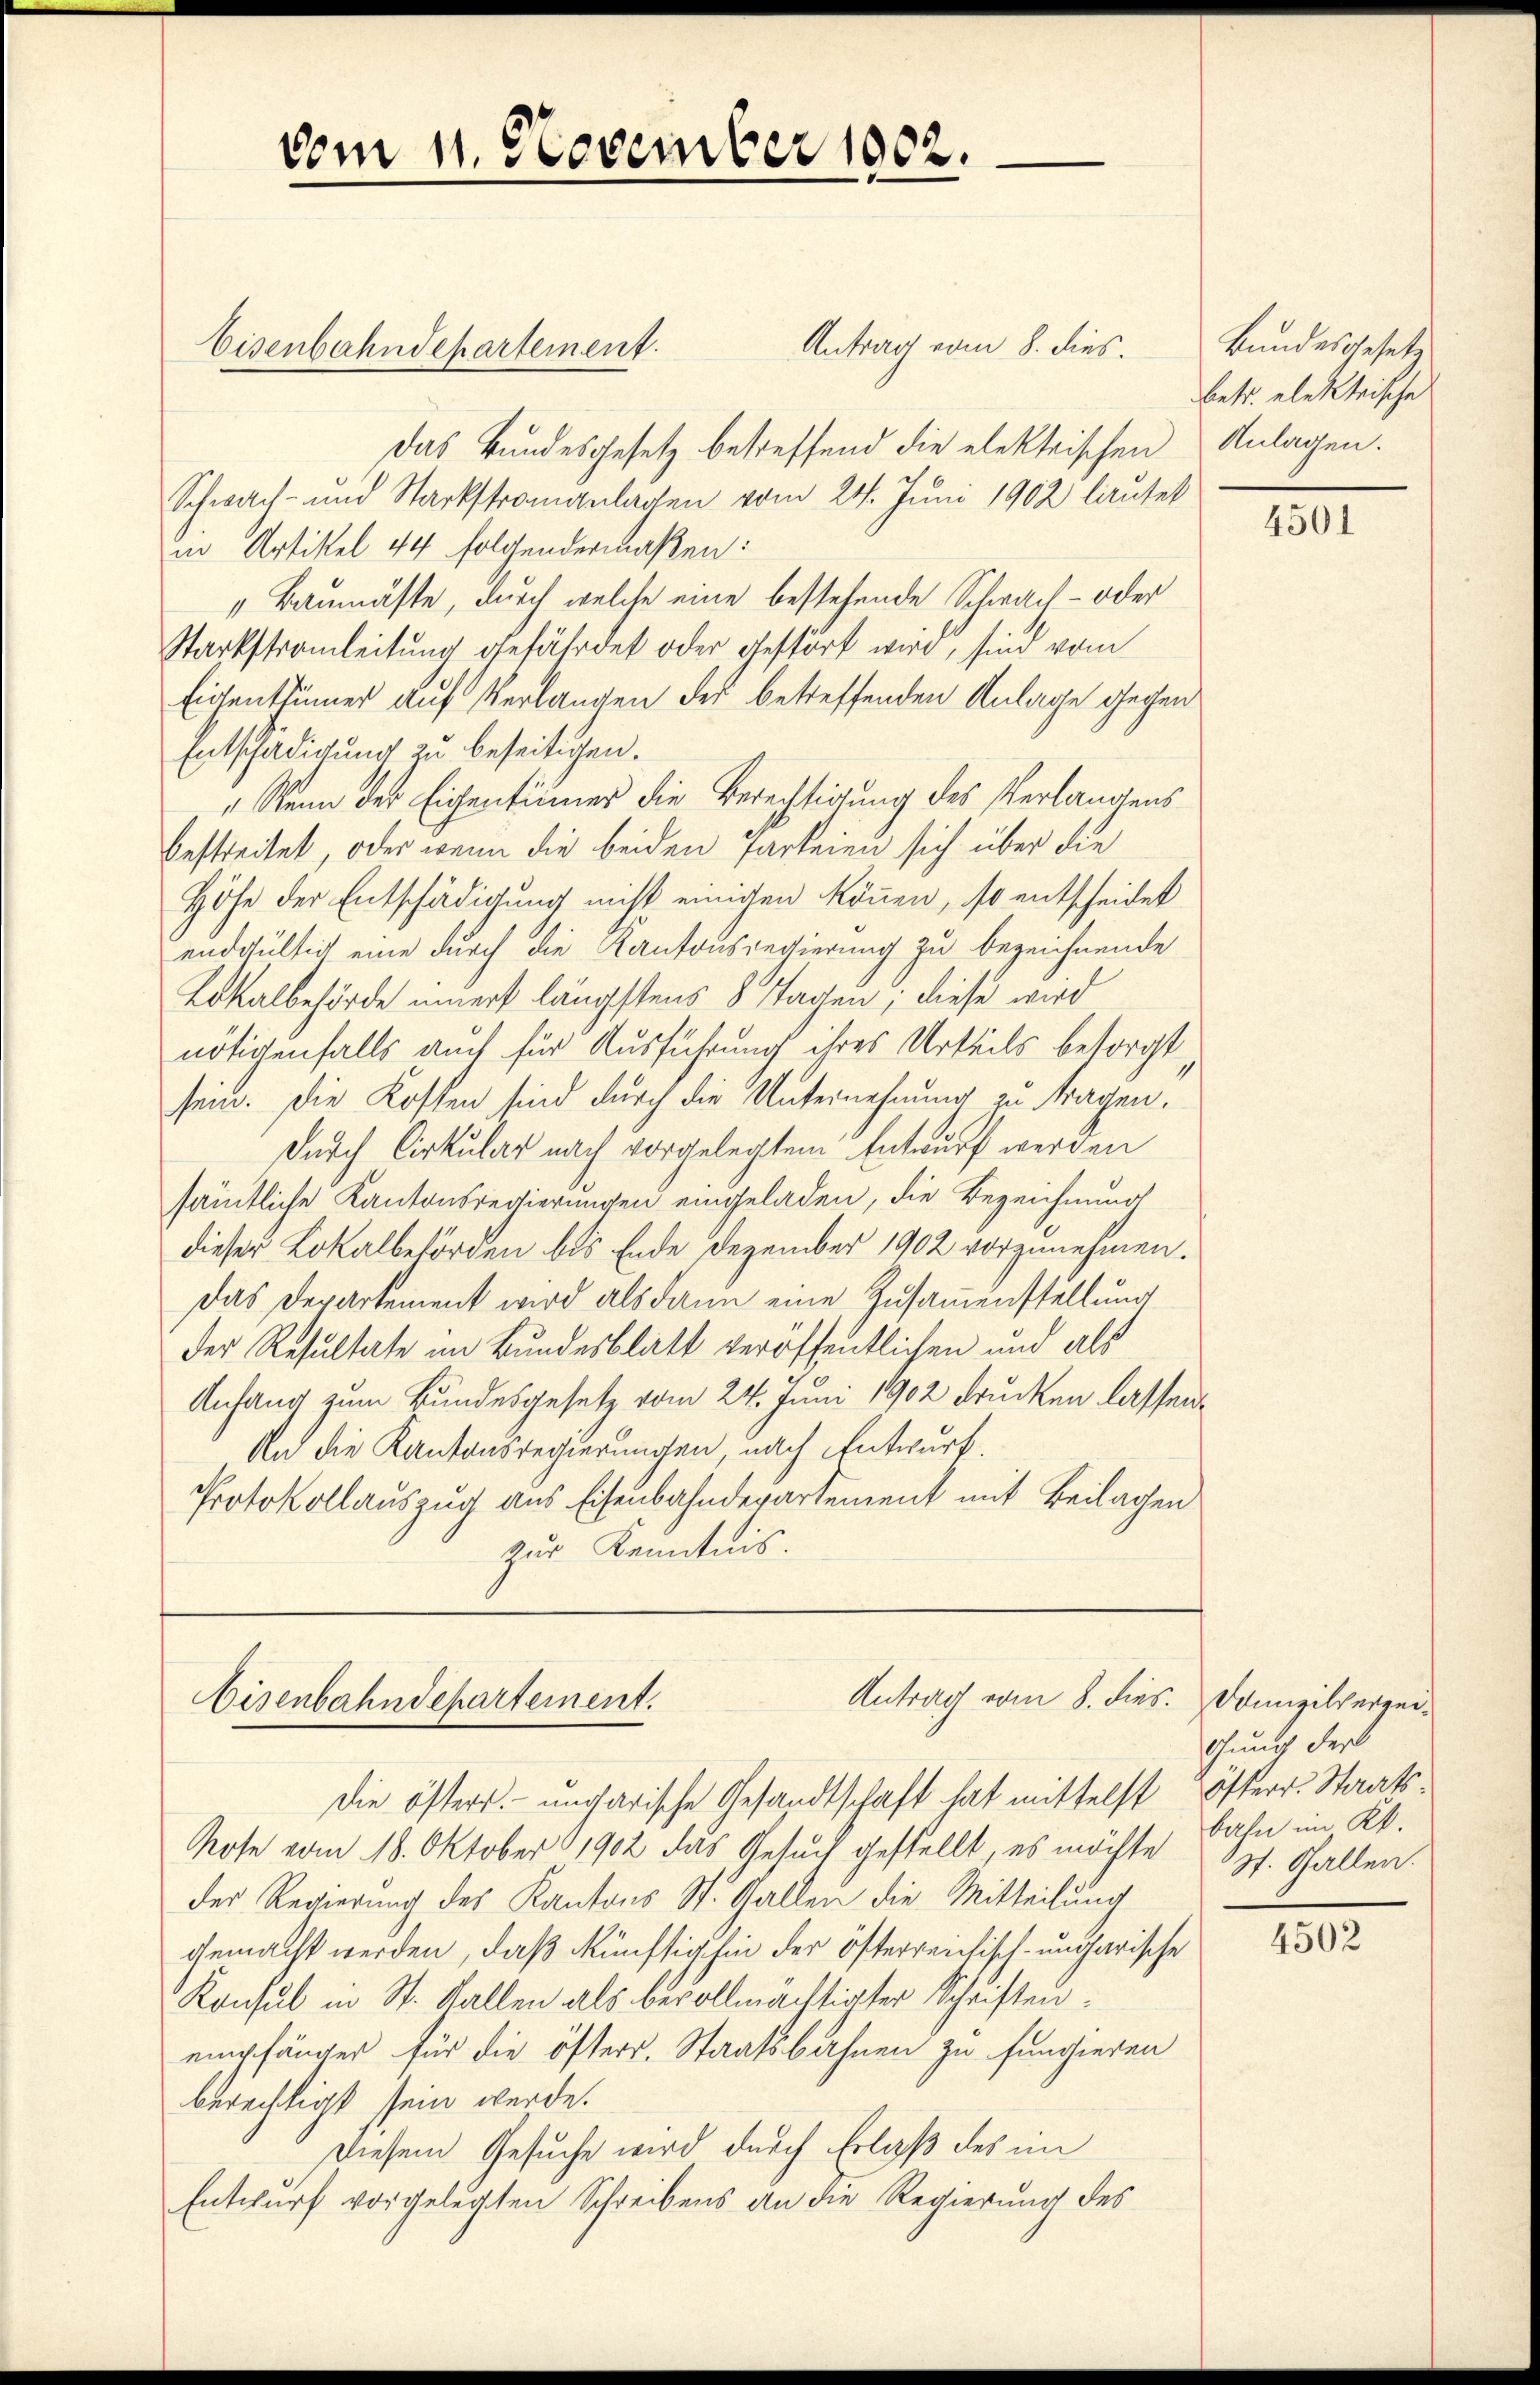
Antrag vom 8. dies.
Das Bundesgesetz betreffend die elektrischen Anlagen.
Schwach- und Starkstromanlagen vom 24. Juni 1902 lautet
in Artikel 44 folgendermaßen:
„Baumäste, durch welche eine bestehende Schwach- oder
Starkstromleitung gefährdet oder gestört wird, sind vom
Eigentümer auf Verlangen des betreffenden Anlage gegen
Entschädigung zu beseitigen.
"Wenn der Eigentümer die Berechtigung des Verlangens
bestreitet, oder wenn die beiden Parteien sich über die
Höhe der Entschädigung nicht einigen können, so entscheidet
endgültig eine durch die Kantonsregierung zu bezeichnende
Lokalbehörde innert längstens 8 Tagen; diese wird
nötigenfalls auch für Ausführung ihres Urteils besorgt,
sein. Die Kosten sind durch die Unternehmung zu tragen.
Durch Cirkular nach vorgelegtem Entwurf werden
sämtliche Kantonsregierungen eingeladen, die Bezeichnung
dieser Lokalbehörden bis Ende Dezember 1902 vorzunehmen.
Das Departement wird als dann eine Zusammenstellung
der Resultate im Bundesblatt veröffentlichen und als
Anfang zum Bundesgesetz vom 24. Juni 1902 drucken lassen.
An die Kantonsregierungen, nach Entwurf.
Protokollauszug aus Eisenbahndepartement mit Beilagen
Zur Kenntnis.

vom 11. November 1802.

Eisenbahndepartement.

Antrag vom 8. dies. Domizilverzei¬
Eisenbahndepartement.

Bundesgesetz
betr. elektrische

Die öfters.- ungarische Gesandtschaft hat mittelst österr. Staats¬
Note vom 18. Oktober 1902 das Gesuch gestellt, es möchte pf. Gallen.
der Regierung des Kantons St. Gallen die Mitteilung
gemacht werden, daß künftighin der österreichisch-ungarische
Konsul in St. Gallen als bevollmächtigter Schriftenempfänger für die öfterr. Staatsbahnen zu fungieren
berechtigt sein werde.
Diesem Gesuche wird durch Erlaß des im
Entwurf vorgelegten Schreibens an die Regierung des

4501

chung der
bahn im Kt.

4502